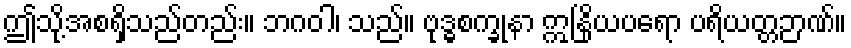
ဤသို့အစရှိသည်တည်း။ ဘဂဝါ၊ သည်။ ဗုဒ္ဓစက္ခုနာ ဣနြိယပရော ပရိယတ္တဉာဏ်။